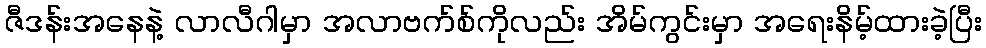
ဇီဒန်းအနေနဲ့ လာလီဂါမှာ အလာဗက်စ်ကိုလည်း အိမ်ကွင်းမှာ အရေးနိမ့်ထားခဲ့ပြီး